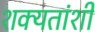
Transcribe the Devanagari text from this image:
शक्यतांशी